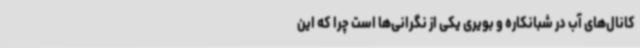
کانال‌های آب در شبانکاره و بویری یکی از نگرانی‌ها است چرا که این